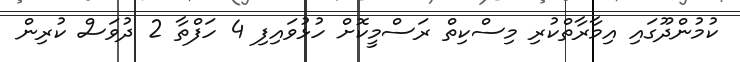
ކުމުންދޫގައި އިމާރާތްކުރި މިސްކިތް ރަސްމީކޮށް ހުޅުވައިފި 4 ހަފްތާ 2 ދުވަސް ކުރިން